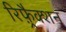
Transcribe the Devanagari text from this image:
रिफ़्रैक्शन